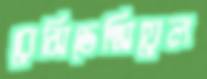
রেসিডেন্সিয়েল